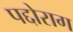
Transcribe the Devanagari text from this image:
पद्दोराग